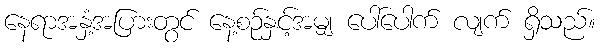
နေရာအနှံ့အပြားတွင် နေ့စဉ်နှင့်အမျှ ပေါ်ပေါက် လျက် ရှိသည်။